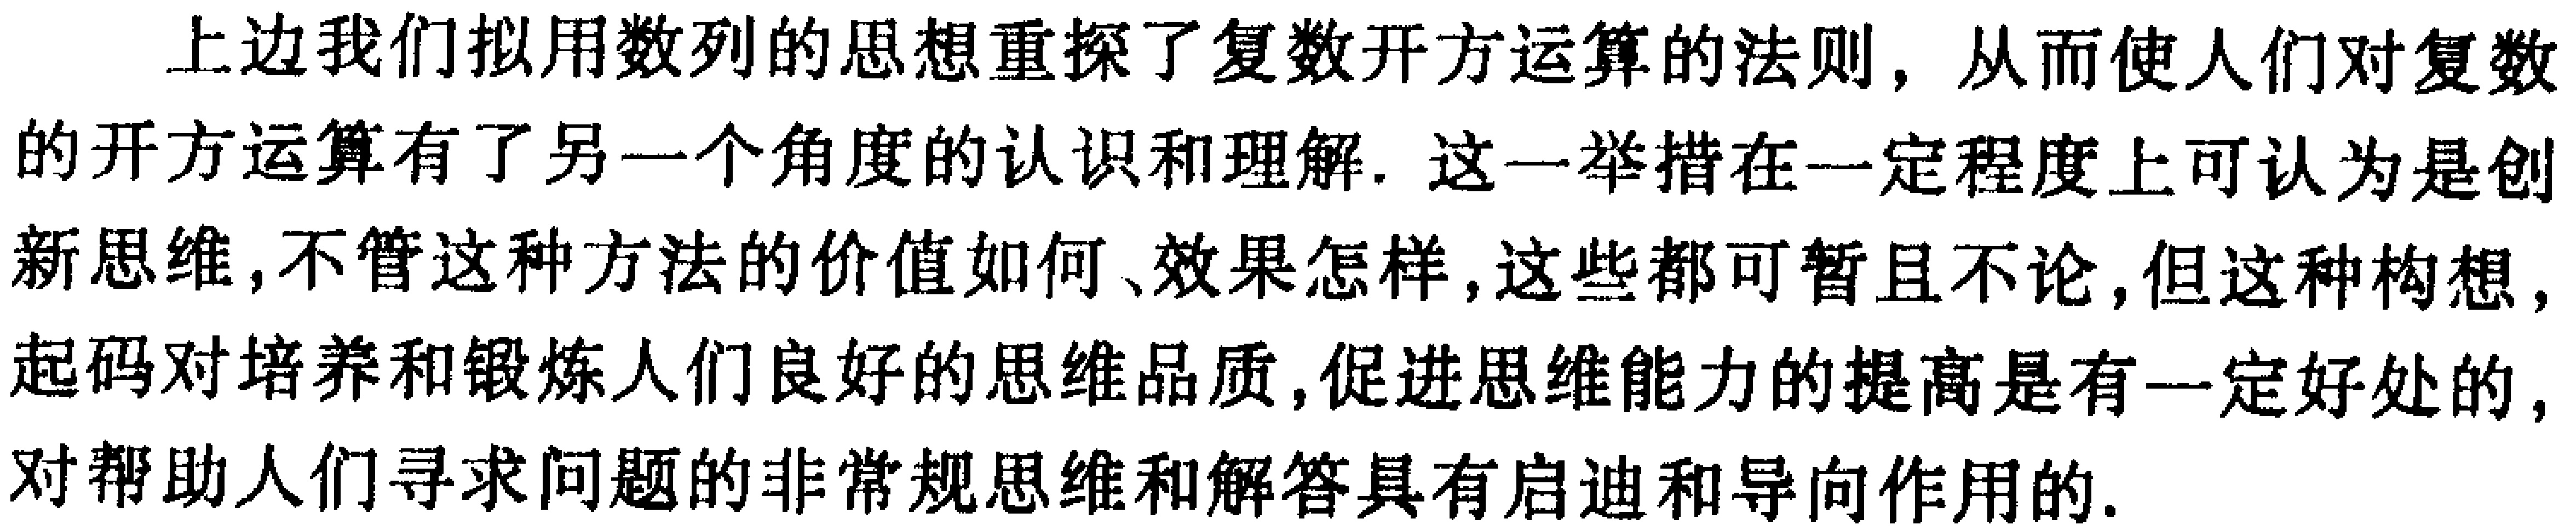
上边我们拟用数列的思想重探了复数开方运算的法则，从而使人们对复数的开方运算有了另一个角度的认识和理解. 这一举措在一定程度上可认为是创新思维,不管这种方法的价值如何、效果怎样,这些都可暂且不论,但这种构想,起码对培养和锻炼人们良好的思维品质,促进思维能力的提高是有一定好处的,对帮助人们寻求问题的非常规思维和解答具有启迪和导向作用的.